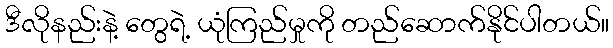
ဒီလိုနည်းနဲ့ တွေရဲ့ ယုံကြည်မှုကို တည်ဆောက်နိုင်ပါတယ်။